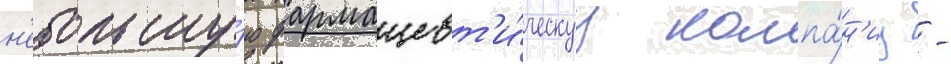
н'ебольшу́ю фармацевт'и́ческуу компа́н'иу -